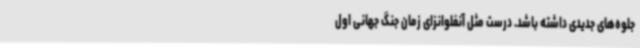
جلوه‌های جدیدی داشته باشد. درست مثل آنفلوانزای زمان جنگ جهانی اول